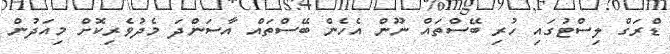
ޑްރަގް ލިސްޓުގައި ހުރި ބޭސްތައް ނޫން އެހެން ބޭސްތައް އާސަންދަ މެދުވެރިކޮށް މިއަދުން